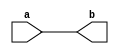
//
/*
module test(
input [4:0] a,
_____________);

    always@(*)
    b = a;
____________
*/
//
module test(
input [4:0] a,
output reg [4:0] b);

    always@(*)
	    b = a;

endmodule